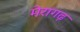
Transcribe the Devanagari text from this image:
मेरागढ़